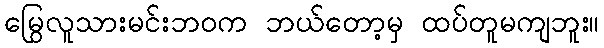
မြွေလူသားမင်းဘဝက ဘယ်တော့မှ ထပ်တူမကျဘူး။